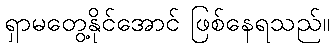
ရှာမတွေ့နိုင်အောင် ဖြစ်နေရသည်။